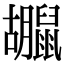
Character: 𪕮